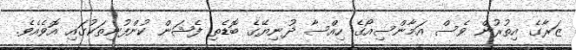
ޒަރާގެ އިތުރުން ވެސް އަމާންސިއޯގެ ހިއްސާ ދުނިޔޭގެ ބޮޑެތި ފެޝަން ކުންފުނިތަކުގައި އޮވެއެވެ.